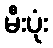
မီးပုံး